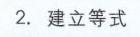
2. 建立等式